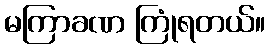
မကြာခဏ ကြုံရတယ်။